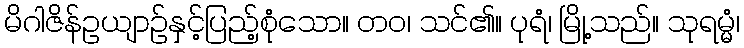
မိဂါဇိန်ဥယျာဉ်နှင့်ပြည့်စုံသော။ တဝ၊ သင်၏။ ပုရံ၊ မြို့သည်။ သုရမ္မံ၊